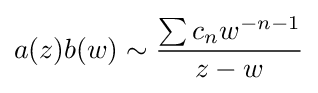
a(z)b(w)\sim {\frac {\sum c_{n}w^{-n-1}}{z-w}}